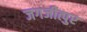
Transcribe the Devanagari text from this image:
जगजीत्पुर